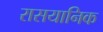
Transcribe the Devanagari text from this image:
रासयानिक